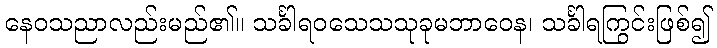
နေဝသညာလည်းမည်၏။ သင်္ခါရဝသေသသုခုမဘာဝေန၊ သင်္ခါရကြွင်းဖြစ်၍